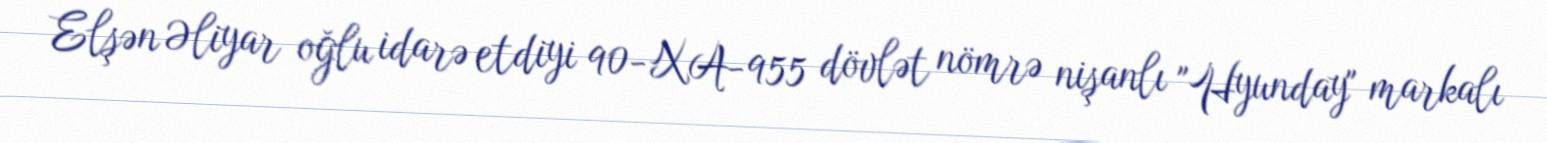
Elşən Əliyar oğlu idarə etdiyi 90-XA-955 dövlət nömrə nişanlı "Hyunday" markalı